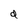
Character: d